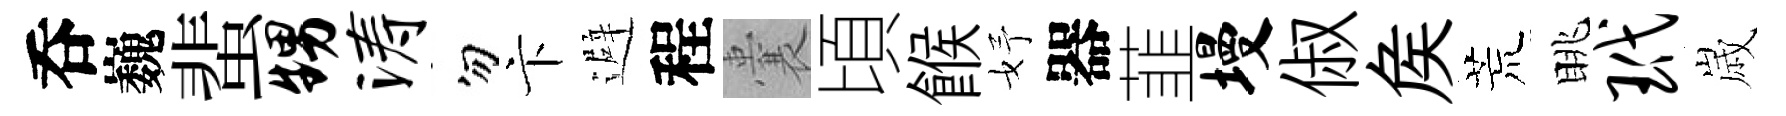
呑巍蜚甥涛勿卞避程囊頃餱妤器韮墁俶矦荒眺玳𡻕